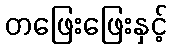
တဖြေးဖြေးနှင့်